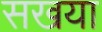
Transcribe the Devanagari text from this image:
सखया